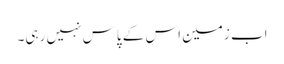
اب زمین اس کے پاس نہیں رہی۔